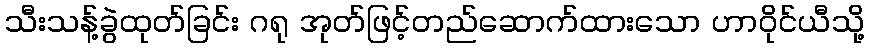
သီးသန့်ခွဲထုတ်ခြင်း ဂရု အုတ်ဖြင့်တည်ဆောက်ထားသော ဟာဝိုင်ယီသို့